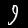
Label: 9